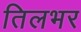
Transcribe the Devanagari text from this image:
तिलभर